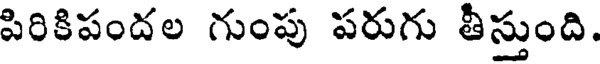
పిరికిపందల గుంపు పరుగు తీస్తుంది.